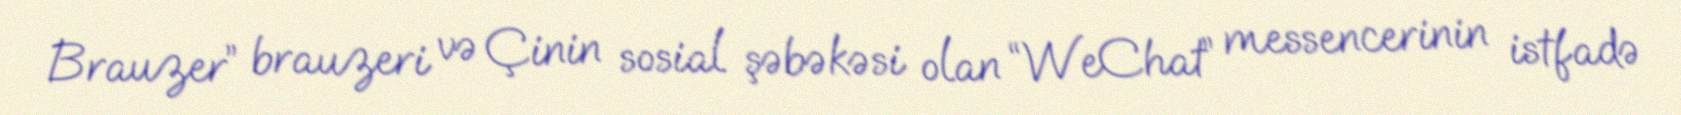
Brauzer” brauzeri və Çinin sosial şəbəkəsi olan “WeChat” messencerinin istfadə